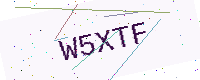
Text: W5XTF